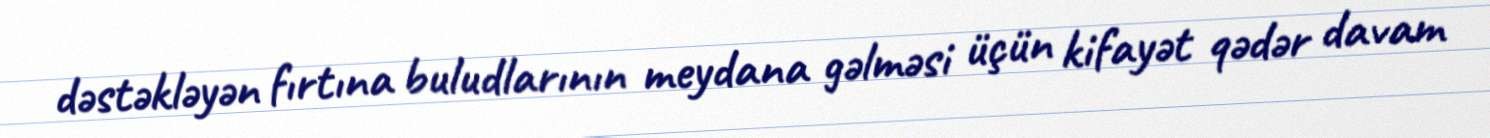
dəstəkləyən fırtına buludlarının meydana gəlməsi üçün kifayət qədər davam